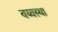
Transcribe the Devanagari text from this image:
वय्वस्था